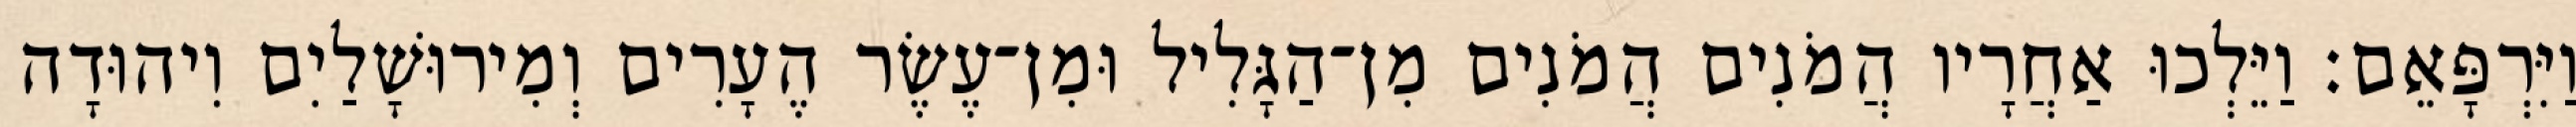
וַיִּרְפָּאֵם׃ וַיֵּלְכוּ אַחֲרָיו הֲמֹנִים הֲמֹנִים מִן־הַגָּלִיל וּמִן־עֶשֶׂר הֶעָרִים וְמִירוּשָׁלַיִם וִיהוּדָה